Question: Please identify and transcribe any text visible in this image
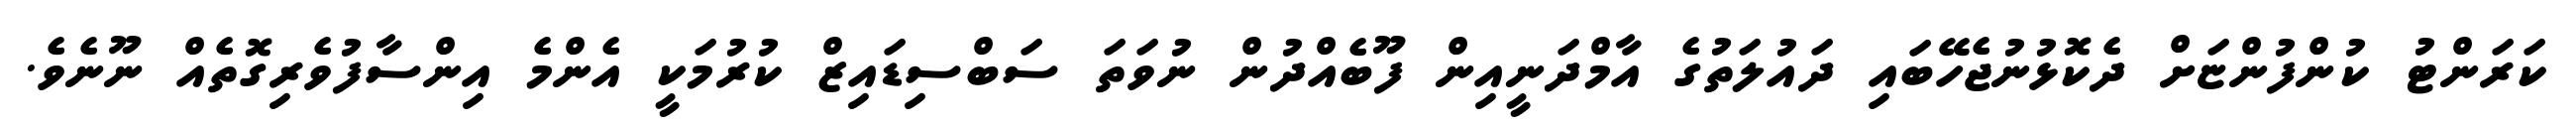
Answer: ކަރަންޓު ކުންފުންޏަށް ދެކޮޅުނުޖެހޭބައި ދައުލަތުގެ އާމްދަނީއިން ފޫބެއްދުން ނުވަތަ ސަބްސިޑައިޒް ކުރުމަކީ އެންމެ އިންސާފުވެރިގޮތެއް ނޫނެވެ.